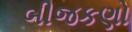
બીજકણો